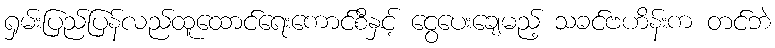
ရှမ်းပြည်ပြန်လည်ထူထောင်ရေးကောင်စီနှင့် ငွေပေးချေမည့် သခင်ဗဟိန်းက တင်ဘဲ